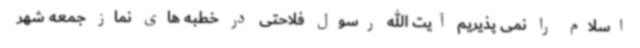
اسلام را نمی پذیریم آیت الله رسول فلاحتی در خطبه های نماز جمعه شهر